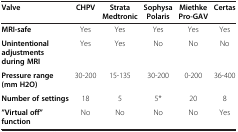
<table><thead><tr><td><b>Valve</b></td><td><b>CHPV</b></td><td><b>Strata Medtronic</b></td><td><b>Sophysa Polaris</b></td><td><b>Miethke Pro-GAV</b></td><td><b>Certas</b></td></tr></thead><tbody><tr><td><b>MRI-safe</b></td><td>Yes</td><td>Yes</td><td>Yes</td><td>Yes</td><td>Yes</td></tr><tr><td><b>Unintentional adjustments during MRI</b></td><td>Yes</td><td>Yes</td><td>No</td><td>No</td><td>No</td></tr><tr><td><b>Pressure range (mm H2O)</b></td><td>30-200</td><td>15-135</td><td>30-200</td><td>0-200</td><td>36-400</td></tr><tr><td><b>Number of settings</b></td><td>18</td><td>5</td><td>5*</td><td>20</td><td>8</td></tr><tr><td><b>”Virtual off” function</b></td><td>No</td><td>No</td><td>No</td><td>No</td><td>Yes</td></tr></tbody></table>